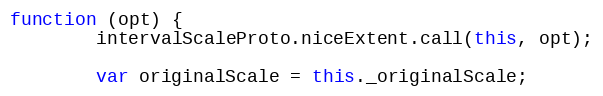
Language: JavaScript
function (opt) {
        intervalScaleProto.niceExtent.call(this, opt);

        var originalScale = this._originalScale;